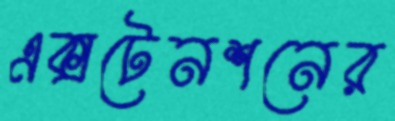
এক্সটেনশনের